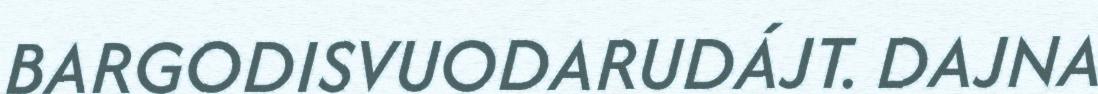
BARGODISVUODARUDÁJT. DAJNA